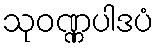
သုဝဏ္ဏပါဒပံ